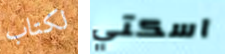
لكتاب اسكتي